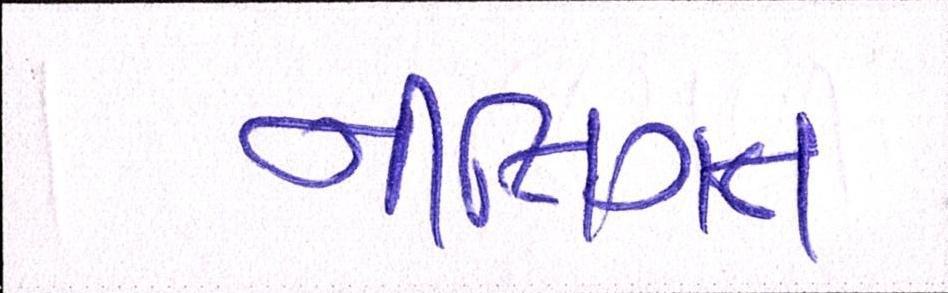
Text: નીતિગત